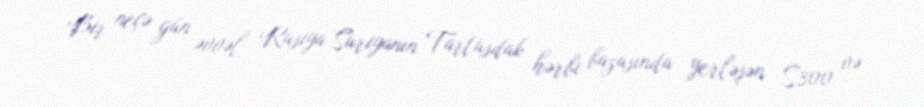
Bir neçə gün əvvəl Rusiya Suriyanın Tartusdak hərbi bazasında yerləşən S300 və